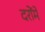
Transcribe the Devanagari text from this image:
दरोंमें